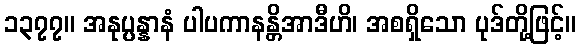
၁၃၇၇။ အနုပ္ပန္နာနံ ပါပကာနန္တိအာဒီဟိ၊ အစရှိသော ပုဒ်တို့ဖြင့်။